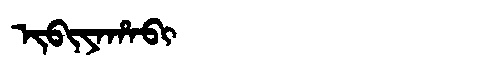
Manchu: ᡳᠪᡳᠶᠠᡥᠠᠪᡳ
Romanization: IBIYAHABI